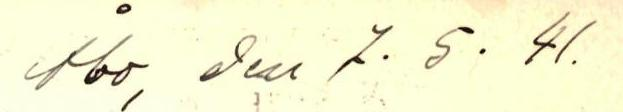
Åbo, den 7.5.41.